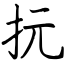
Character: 抏